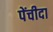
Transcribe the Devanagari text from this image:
पेंचीदा